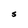
Character: s